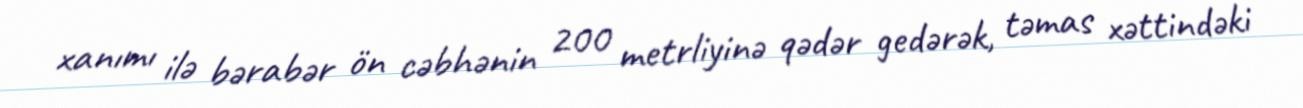
xanımı ilə bərabər ön cəbhənin 200 metrliyinə qədər gedərək, təmas xəttindəki